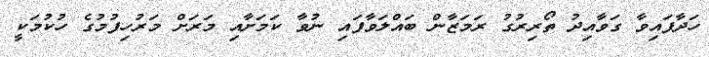
ހަދާފައިވާ ގަވާއިދު ތޯރިރުގު ރަމަޒާން ބައްލަވާފައި ނުވާ ކަމަށާއި މަރަށް މަރުހިފުމުގެ ހުކުމަކީ